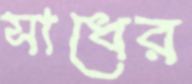
সাধের